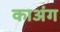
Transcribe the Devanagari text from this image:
काअंग